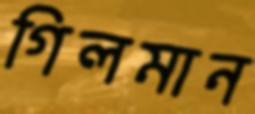
গিলমান